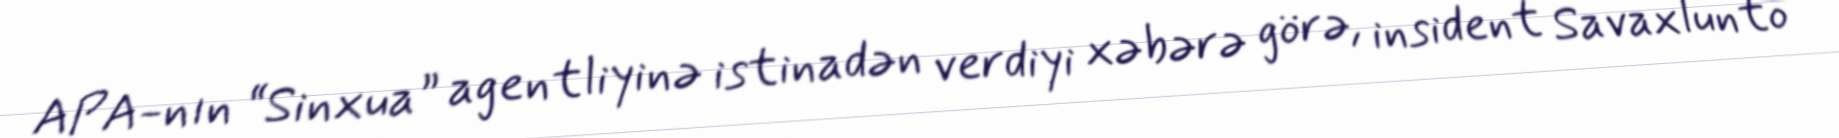
APA-nın “Sinxua” agentliyinə istinadən verdiyi xəbərə görə, insident Savaxlunto